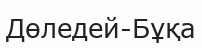
Дөледей-Бұқа